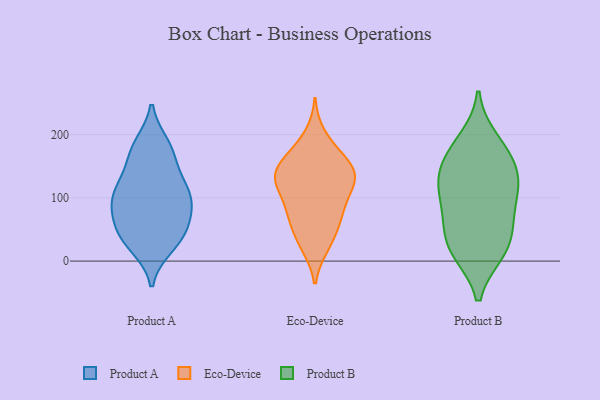
{"axis": {"x": "Customer Acquisition Cost (USD)", "y": "Value"}, "legend": ["Eco-Device", "Product A", "Product B"], "data": [{"x": "", "y": 77, "type": "Product A"}, {"x": "", "y": 47, "type": "Product A"}, {"x": "", "y": 150, "type": "Product A"}, {"x": "", "y": 121, "type": "Product A"}, {"x": "", "y": 29, "type": "Product A"}, {"x": "", "y": 108, "type": "Product A"}, {"x": "", "y": 101, "type": "Product A"}, {"x": "", "y": 120, "type": "Product A"}, {"x": "", "y": 175, "type": "Product A"}, {"x": "", "y": 50, "type": "Product A"}, {"x": "", "y": 184, "type": "Product A"}, {"x": "", "y": 37, "type": "Product A"}, {"x": "", "y": 99, "type": "Product A"}, {"x": "", "y": 178, "type": "Product A"}, {"x": "", "y": 89, "type": "Product A"}, {"x": "", "y": 70, "type": "Product A"}, {"x": "", "y": 23, "type": "Product A"}, {"x": "", "y": 137, "type": "Eco-Device"}, {"x": "", "y": 125, "type": "Eco-Device"}, {"x": "", "y": 79, "type": "Eco-Device"}, {"x": "", "y": 166, "type": "Eco-Device"}, {"x": "", "y": 65, "type": "Eco-Device"}, {"x": "", "y": 23, "type": "Eco-Device"}, {"x": "", "y": 133, "type": "Eco-Device"}, {"x": "", "y": 42, "type": "Eco-Device"}, {"x": "", "y": 132, "type": "Eco-Device"}, {"x": "", "y": 200, "type": "Eco-Device"}, {"x": "", "y": 26, "type": "Eco-Device"}, {"x": "", "y": 164, "type": "Eco-Device"}, {"x": "", "y": 81, "type": "Eco-Device"}, {"x": "", "y": 116, "type": "Eco-Device"}, {"x": "", "y": 145, "type": "Eco-Device"}, {"x": "", "y": 172, "type": "Eco-Device"}, {"x": "", "y": 93, "type": "Eco-Device"}, {"x": "", "y": 138, "type": "Eco-Device"}, {"x": "", "y": 124, "type": "Eco-Device"}, {"x": "", "y": 67, "type": "Eco-Device"}, {"x": "", "y": 192, "type": "Product B"}, {"x": "", "y": 14, "type": "Product B"}, {"x": "", "y": 17, "type": "Product B"}, {"x": "", "y": 15, "type": "Product B"}, {"x": "", "y": 66, "type": "Product B"}, {"x": "", "y": 175, "type": "Product B"}, {"x": "", "y": 133, "type": "Product B"}, {"x": "", "y": 66, "type": "Product B"}, {"x": "", "y": 144, "type": "Product B"}, {"x": "", "y": 114, "type": "Product B"}, {"x": "", "y": 109, "type": "Product B"}, {"x": "", "y": 165, "type": "Product B"}, {"x": "", "y": 48, "type": "Product B"}, {"x": "", "y": 115, "type": "Product B"}]}